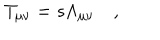
LaTeX: T _ { \mu \nu } = s \Lambda _ { \mu \nu } \quad ,